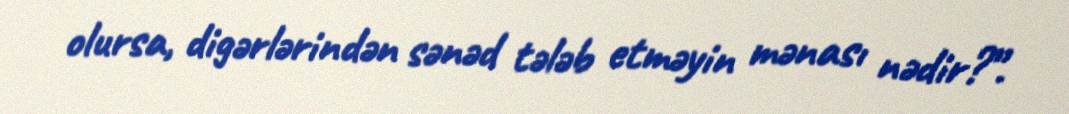
olursa, digərlərindən sənəd tələb etməyin mənası nədir?”.